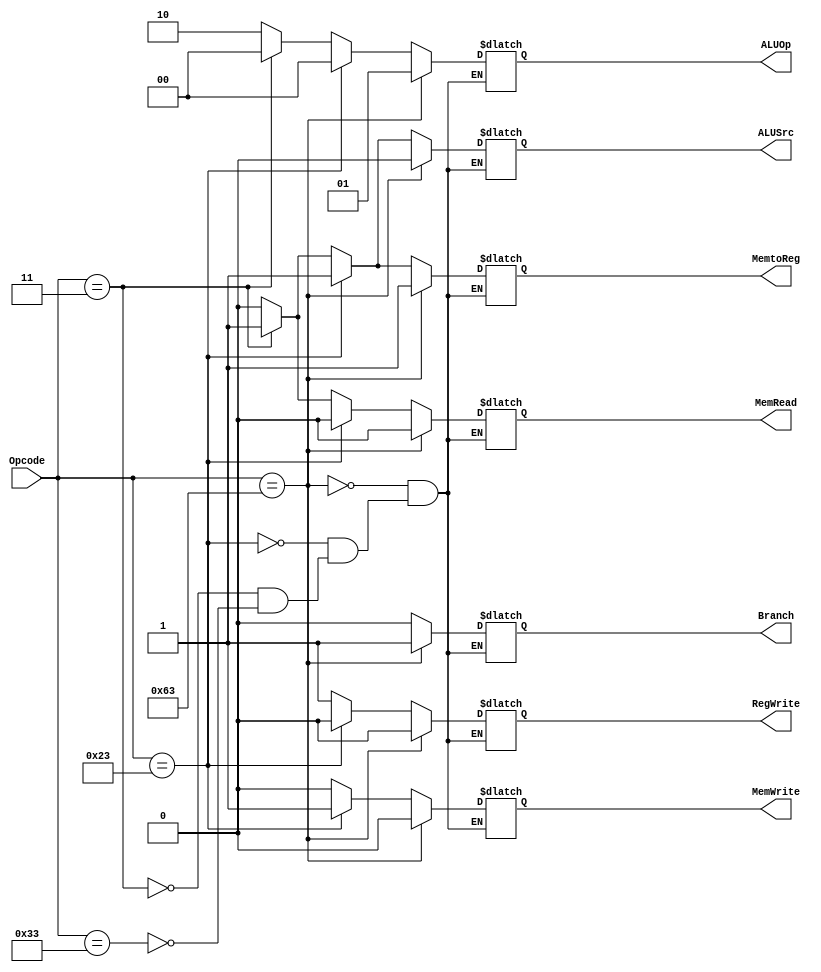
module Control_Unit( 
        Opcode,ALUOp,MemRead,
        MemtoReg,Branch,MemWrite,
        ALUSrc,RegWrite);
        
        input [6:0] Opcode;
        output reg[1:0] ALUOp;
        output reg MemRead;
        output reg MemtoReg;
        output reg Branch;
        output reg MemWrite;
        output reg ALUSrc;
        output reg RegWrite;
        
        always @(Opcode)
        begin 
    casex (Opcode)
          7'b110011: 
          begin
            ALUSrc = 1'b0;
            MemtoReg = 1'b0;
            RegWrite = 1'b1;
            MemRead = 1'b0;
            MemWrite = 1'b0;
            Branch = 1'b0;
            ALUOp = 2'b10;
          end
        endcase

   casex (Opcode)
          7'b0000011: 
          begin
            ALUSrc = 1'b1;
            MemtoReg = 1'b1;
            RegWrite = 1'b1;
            MemRead = 1'b1;
            MemWrite = 1'b0;
            Branch = 1'b0;
            ALUOp = 2'b00;
          end
        endcase  
        
    casex (Opcode)
          7'b0100011: 
          begin
            ALUSrc = 1'b1;
            MemtoReg = 1'b1;
            RegWrite = 1'b0;
            MemRead = 1'b0;
            MemWrite = 1'b1;
            Branch = 1'b0;
            ALUOp = 2'b00;
          end
        endcase  
        
    casex (Opcode)
          7'b1100011: 
          begin
            ALUSrc = 1'b0;
            MemtoReg = 1'b1;
            RegWrite = 1'b0;
            MemRead = 1'b0;
            MemWrite = 1'b0;
            Branch = 1'b1;
            ALUOp = 2'b01;
          end
        endcase   
    end      
    endmodule